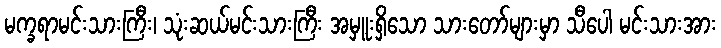
မက္ခရာမင်းသားကြီး၊ သုံးဆယ်မင်းသားကြီး အမှူးရှိသော သားတော်များမှာ သီပေါ မင်းသားအား